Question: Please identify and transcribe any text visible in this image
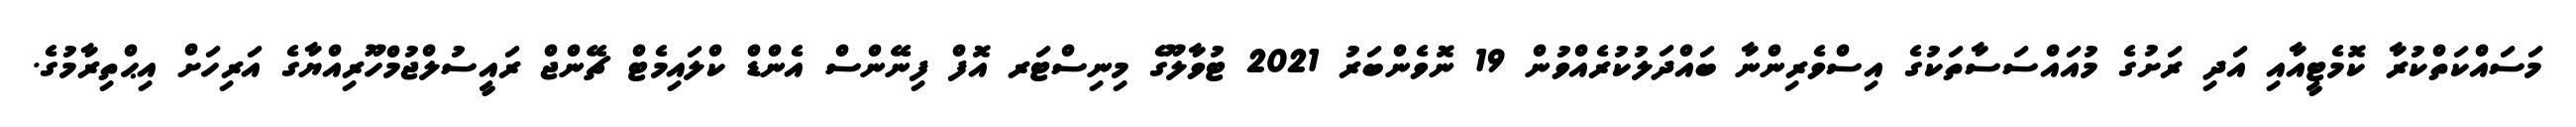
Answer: މަސައްކަތްކުރާ ކޮމެޓީއާއި އަދި ރަށުގެ މުއައްސަސާތަކުގެ އިސްވެރިންނާ ބައްދަލުކުރެއްވުން 19 ނޮވެންބަރު 2021 ޓުވާލޫގެ މިނިސްޓަރ އޮފް ފިނޭންސް އެންޑް ކްލައިމެޓް ޗޭންޖް ރައީސުލްޖުމްހޫރިއްޔާގެ އަރިހަށް އިޙްތިރާމުގެ.